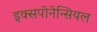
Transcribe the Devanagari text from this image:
इक्सपोनेन्सियल